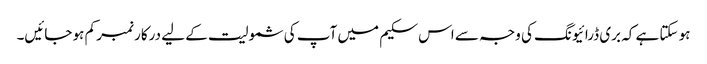
ہو سکتا ہے کہ بری ڈرائیونگ کی وجہ سے اس سکیم میں آپ کی شمولیت کے لیے درکار نمبر کم ہو جائیں۔